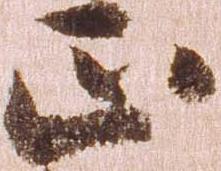
正